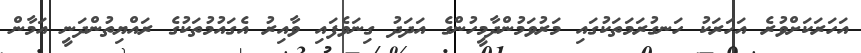
އަހަރަކަށްވުރެ އަހަރަކު ހަނގުރަމަތަކުގައި މަރުވަމުންދާމީހުންގެ އަދަދު ގިނަވެފައި ވާއިރު އެގައުމުތަކުގެ ރައްޔިތުންދަނީ އަމާން